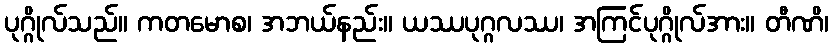
ပုဂ္ဂိုလ်သည်။ ကတမောစ၊ အဘယ်နည်း။ ယဿပုဂ္ဂလဿ၊ အကြင်ပုဂ္ဂိုလ်အား။ တီဏိ၊